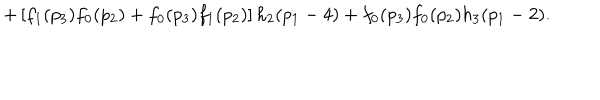
LaTeX: + \left[ f _ { 1 } ( p _ { 3 } ) f _ { 0 } ( p _ { 2 } ) + f _ { 0 } ( p _ { 3 } ) f _ { 1 } ( p _ { 2 } ) \right] h _ { 2 } ( p _ { 1 } - 4 ) + f _ { 0 } ( p _ { 3 } ) f _ { 0 } ( p _ { 2 } ) h _ { 3 } ( p _ { 1 } - 2 ) .